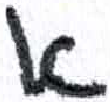
אות: א